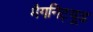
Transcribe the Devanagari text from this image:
मैगनिट्यूड